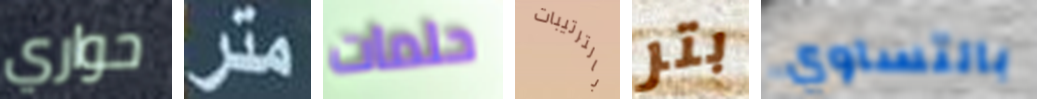
حواري متر حلمات بالترتيبات بتر بالتساوي